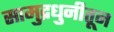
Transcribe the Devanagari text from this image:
सामुद्रधुनीतून